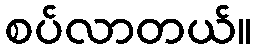
စပ်လာတယ်။